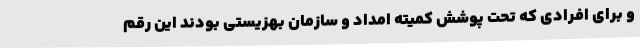
و برای افرادی که تحت پوشش کمیته امداد و سازمان بهزیستی بودند این رقم